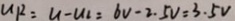
u R = u - u _ { 2 } = 6 V - 2 . 5 v = 3 . 5 V